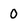
Character: 0